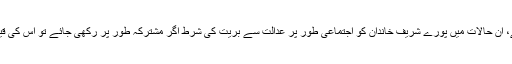
نواز شریف کی نااہلی حتمی ہونے کے بعد جانشینی کی جنگ شروع ہو چکی ہے، ان حالات میں پورے شریف خاندان کو اجتماعی طور پر عدالت سے بریت کی شرط اگر مشترکہ طور پر رکھی جائے تو اس کی قیمت دوبارہ ممکنہ طور پر کم ازکم دس سال تک سیاست سے دستبرداری ہو گی۔